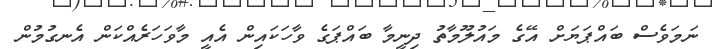
ނަމަވެސް ބައްޕަޔަށް އޭގެ މައުލޫމާތު ދިނީމާ ބައްޕަގެ ވާހަކައިން އެއީ މާވަހަރެއްކަން އެނގުމުން